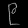
Digit: ၉